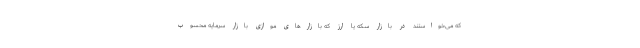
که می‌خواستند در بازار سکه یا ارز که بازارهای موازی بازار سرمایه محسوب